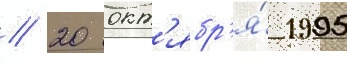
// 20 окт'ябр'я́ 1995